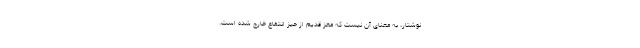
نوشتار، به معنای آن نیست که مغز قدیم از حیّز انتفاع خارج شده است.